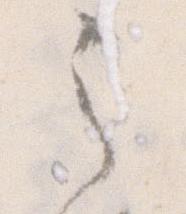
之